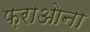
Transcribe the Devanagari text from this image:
फ़राओना